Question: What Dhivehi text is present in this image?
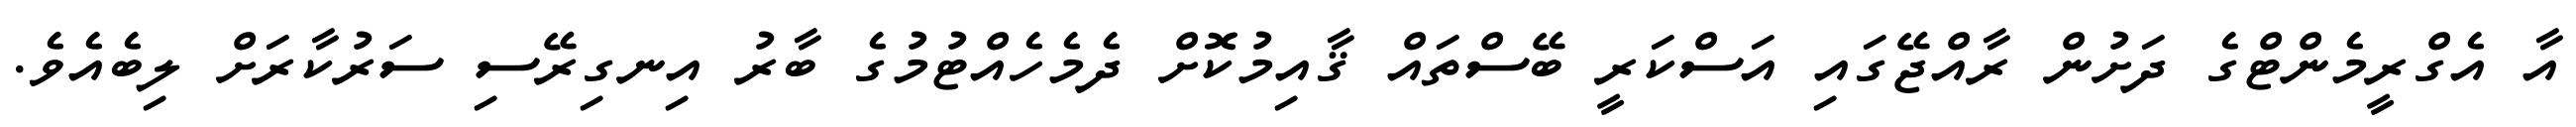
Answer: އާ އެގްރީމެންޓްގެ ދަށުން ރާއްޖޭގައި އަސްކަރީ ބޭސްތައް ޤާއިމުކޮށް ދެމެހެއްޓުމުގެ ބާރު އިނގިރޭސި ސަރުކާރަށް ލިބެއެވެ.